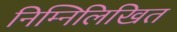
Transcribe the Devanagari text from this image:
निम्‍निलिखित